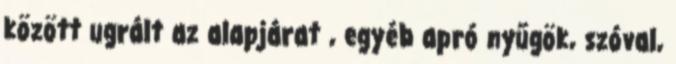
között ugrált az alapjárat , egyéb apró nyűgök, szóval,